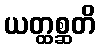
ယတ္ထစ္ဆတိ